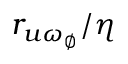
r _ { u \omega _ { \emptyset } } / \eta